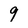
Character: 9